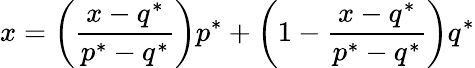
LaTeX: x=\left({\frac{x-q^{*}}{p^{*}-q^{*}}}\right)p^{*}+\left(1-{\frac{x-q^{*}}{p^{*}-q^{*}}}\right)q^{*}